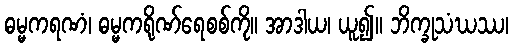
ဓမ္မကရဏံ၊ ဓမ္မကရိုဏ်ရေစစ်ကို။ အာဒါယ၊ ယူ၍။ ဘိက္ခုသံဃဿ၊